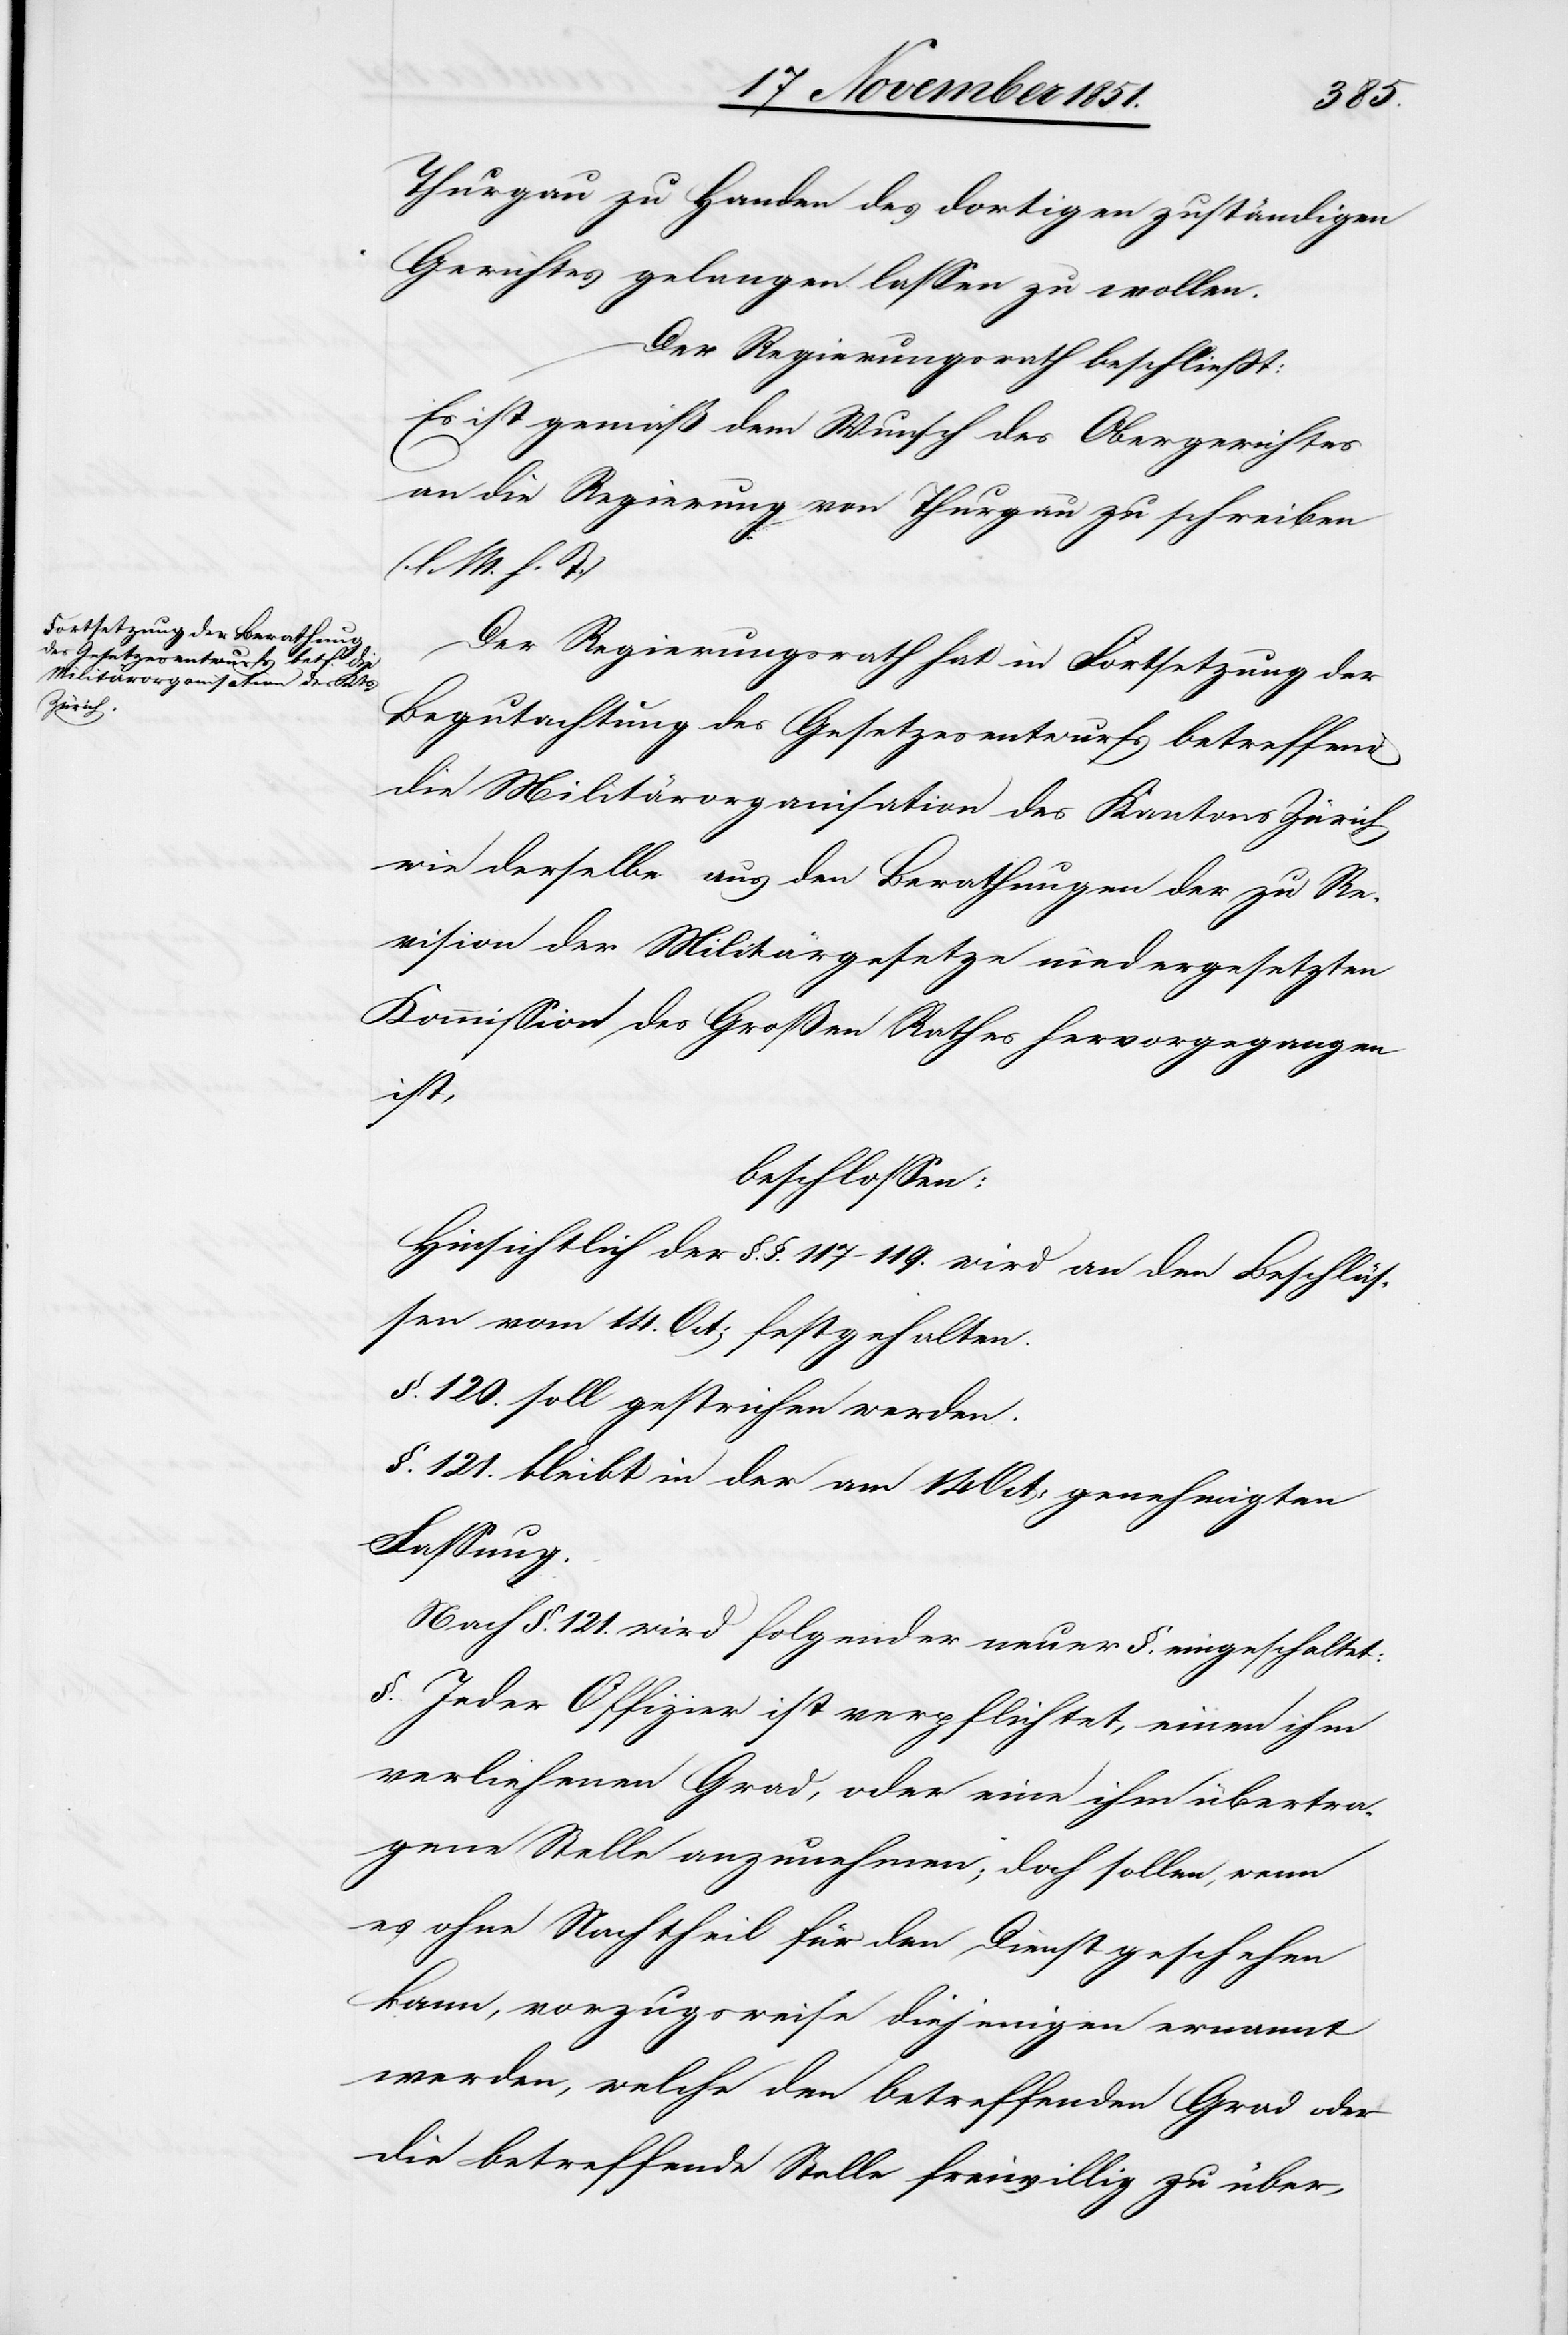
Thurgau zu Handen des dortigen zuständigen
Gerichtes gelangen lassen zu wollen.
Der Regierungsrath beschließt:
Es ist gemäß dem Wunsch des Obergerichtes
an die Regierung von Thurgau zu schreiben
(l. M. h. T.)
Der Regierungsrath hat in Fortsetzung der
Begutachtung des Gesetzesentwurfs betreffend
die Militärorganisation des Kantons Zürich
wie derselbe aus den Berathungen der zu Re¬
vision der Militärgesetze niedergesetzten
Kommission des Großen Rathes hervorgegangen
ist,
beschlossen:
Hinsichtlich der §.§. 117–119. wird an den Beschlüs¬
sen vom 14. Oct: festgehalten.
§. 120. soll gestrichen werden.
§. 121. bleibt in der am 14 Oct: genehmigten
Fassung.
Nach §. 121. wird folgender neuer §. eingeschaltet:
§. Jeder Offizier ist verpflichtet, einen ihm
verliehenen Grad, oder eine ihm übertra¬
gene Stelle anzunehmen; doch sollen, wenn
es ohne Nachtheil für den Dienst geschehen
kann, vorzugsweise diejenigen ernannt
werden, welche den betreffenden Grad oder
die betreffende Stelle freiwillig zu über-